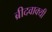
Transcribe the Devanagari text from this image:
ब्रीदवाक्यी